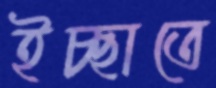
ইচ্ছাতে